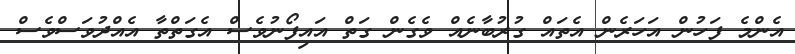
އެންމެ ފަހުން އަހަރެން އެތައް ގުރުބާނެއް ވެގެން ގަތް އައިފޯނުވެސް އެގަތްތާ އެއްދުވަސްވެސް